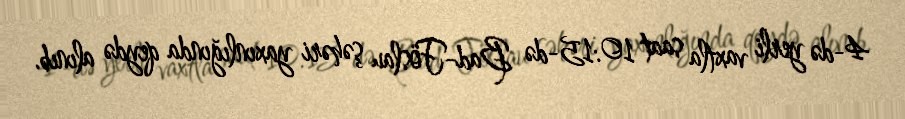
4-də yerli vaxtla saat 10:15-də Bad-Föslau şəhəri yaxınlığında qeydə alınıb.